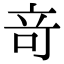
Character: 竒